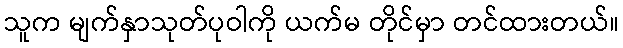
သူက မျက်နှာသုတ်ပုဝါကို ယက်မ တိုင်မှာ တင်ထားတယ်။